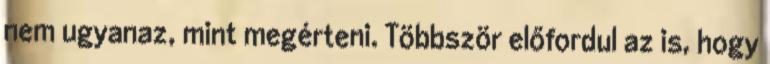
nem ugyanaz, mint megérteni. Többször előfordul az is, hogy